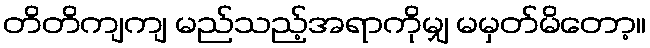
တိတိကျကျ မည်သည့်အရာကိုမျှ မမှတ်မိတော့။